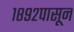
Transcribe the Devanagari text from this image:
१८९२पासून